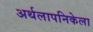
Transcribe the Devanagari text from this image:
अर्थलापनिकेला